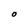
Character: O